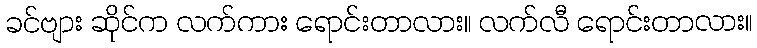
ခင်ဗျား ဆိုင်က လက်ကား ရောင်းတာလား။ လက်လီ ရောင်းတာလား။